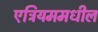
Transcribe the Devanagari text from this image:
एट्रियममधील